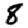
Digit: 8